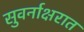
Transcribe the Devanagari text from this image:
सुवर्नाक्षरात